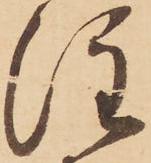
注